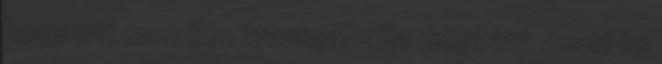
hogy mit mondjon ilyenkor: - Ha megbánt valaki és